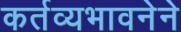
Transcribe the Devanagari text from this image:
कर्तव्यभावनेने